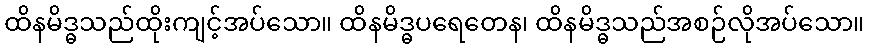
ထိနမိဒ္ဓသည်ထိုးကျင့်အပ်သော။ ထိနမိဒ္ဓပရေတေန၊ ထိနမိဒ္ဓသည်အစဉ်လိုအပ်သော။